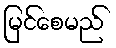
မြင်စေမည်